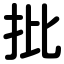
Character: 批